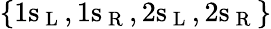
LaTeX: \{ 1\mathrm{s}_{\mathrm{~L~}},1\mathrm{s}_{\mathrm{~R~}},2\mathrm{s}_{\mathrm{~L~}},2\mathrm{s}_{\mathrm{~R~}}\}